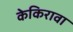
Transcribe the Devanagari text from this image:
केकिरावा